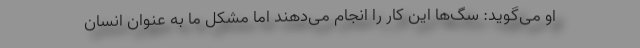
او می‌گوید: سگ‌ها این کار را انجام می‌دهند اما مشکل ما به عنوان انسان